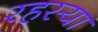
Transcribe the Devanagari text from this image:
रहस्या